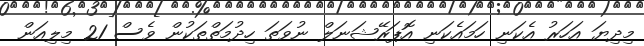
މިދިޔަ އަހަރު އެކަނި ހަމައެކަނި އޮޕަރޭޝަނަލް ނުވަތަ ހިދުމަތްތަކުން ވެސް 21 މިލިއަން